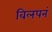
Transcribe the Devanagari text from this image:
विलपनं